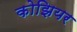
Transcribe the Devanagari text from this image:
कोझियर